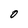
Character: 0